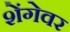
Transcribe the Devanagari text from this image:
शेंगेवर